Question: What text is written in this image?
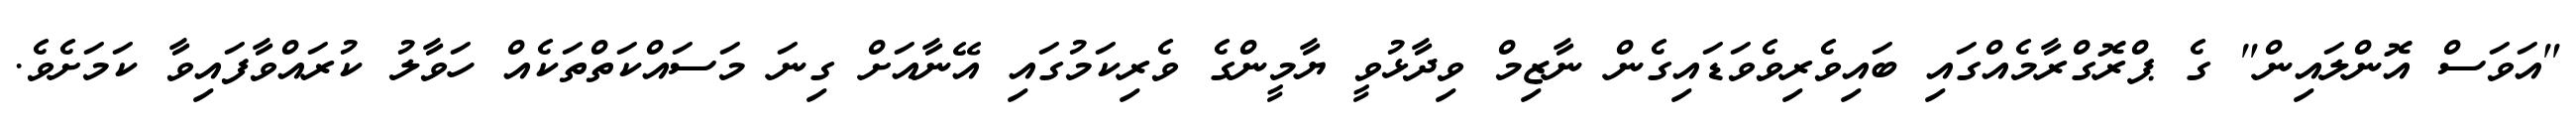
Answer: "އަވަސް އޮންލައިން" ގެ ޕްރޮގްރާމެއްގައި ބައިވެރިވެވަޑައިގެން ނާޒިމް ވިދާޅުވީ ޔާމީންގެ ވެރިކަމުގައި އޭނާއަށް ގިނަ މަސައްކަތްތަކެއް ހަވާލު ކުރައްވާފައިވާ ކަމަށެވެ.